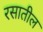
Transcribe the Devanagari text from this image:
रसातील